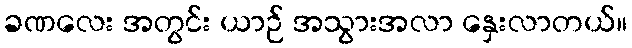
ခဏလေး အတွင်း ယာဉ် အသွားအလာ နှေးလာတယ်။